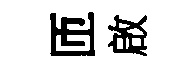
匝啟